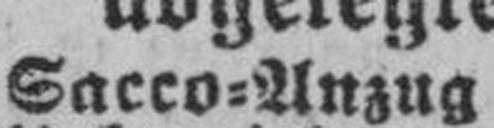
Sacco=Anzug